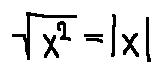
\sqrt { x ^ { 2 } } = | x |